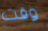
وقت